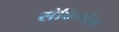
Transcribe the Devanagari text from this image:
संकिर्णता